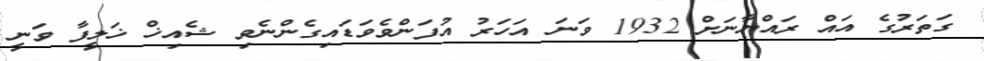
ގަތަރުގެ އައް ރައްޔާނަށް 1932 ވަނަ އަހަރު އުފަންވެވަޑައިގެންނެވި ޝެއިޚް ޚަލީފާ ވަނީ